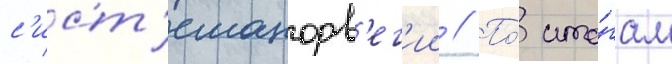
с'ист'еманорв'ег'ии // По́ ито́гам